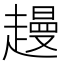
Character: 䟂